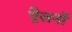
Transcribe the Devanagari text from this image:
ऐलनों